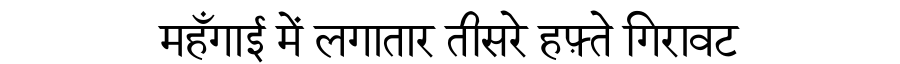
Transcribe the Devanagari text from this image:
महँगाई में लगातार तीसरे हफ़्ते गिरावट